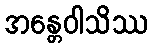
အန္တေဝါသိဿ